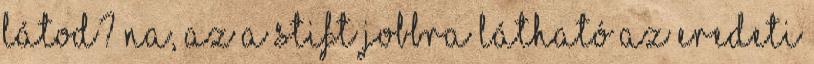
látod? Na, az a stift Jobbra látható az eredeti